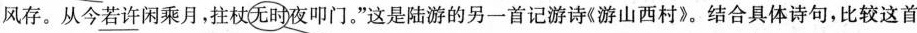
风存。从\underline{今若}许闲乘月，拄杖无时夜叩门。”这是陆游的另一首记游诗《游山西村》。结合具体诗句，比较这首